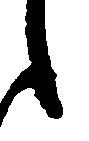
た